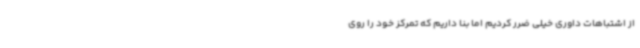
از اشتباهات داوری خیلی ضرر کردیم اما بنا داریم که تمرکز خود را روی